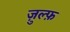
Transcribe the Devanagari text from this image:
ज़ुल्फ़